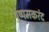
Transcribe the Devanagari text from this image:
पुष्पमकरंद